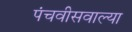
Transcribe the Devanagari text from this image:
पंचवीसवाल्या